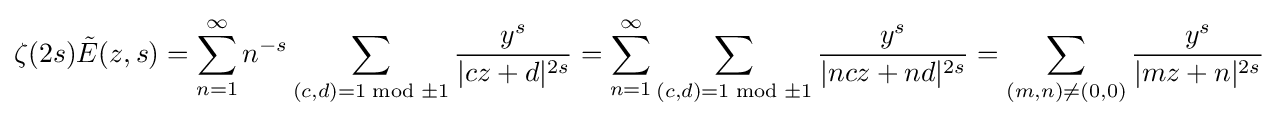
\zeta (2s){\tilde {E}}(z,s)=\sum _{n=1}^{\infty }n^{-s}\sum _{(c,d)=1{\bmod {\pm }}1}{\frac {y^{s}}{|cz+d|^{2s}}}=\sum _{n=1}^{\infty }\sum _{(c,d)=1{\bmod {\pm }}1}{\frac {y^{s}}{|ncz+nd|^{2s}}}=\sum _{(m,n)\neq (0,0)}{\frac {y^{s}}{|mz+n|^{2s}}}